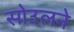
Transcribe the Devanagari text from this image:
सोउलने